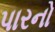
પારનો